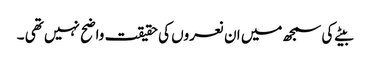
بیٹے کی سمجھ میں ان نعروں کی حقیقت واضح نہیں تھی ۔